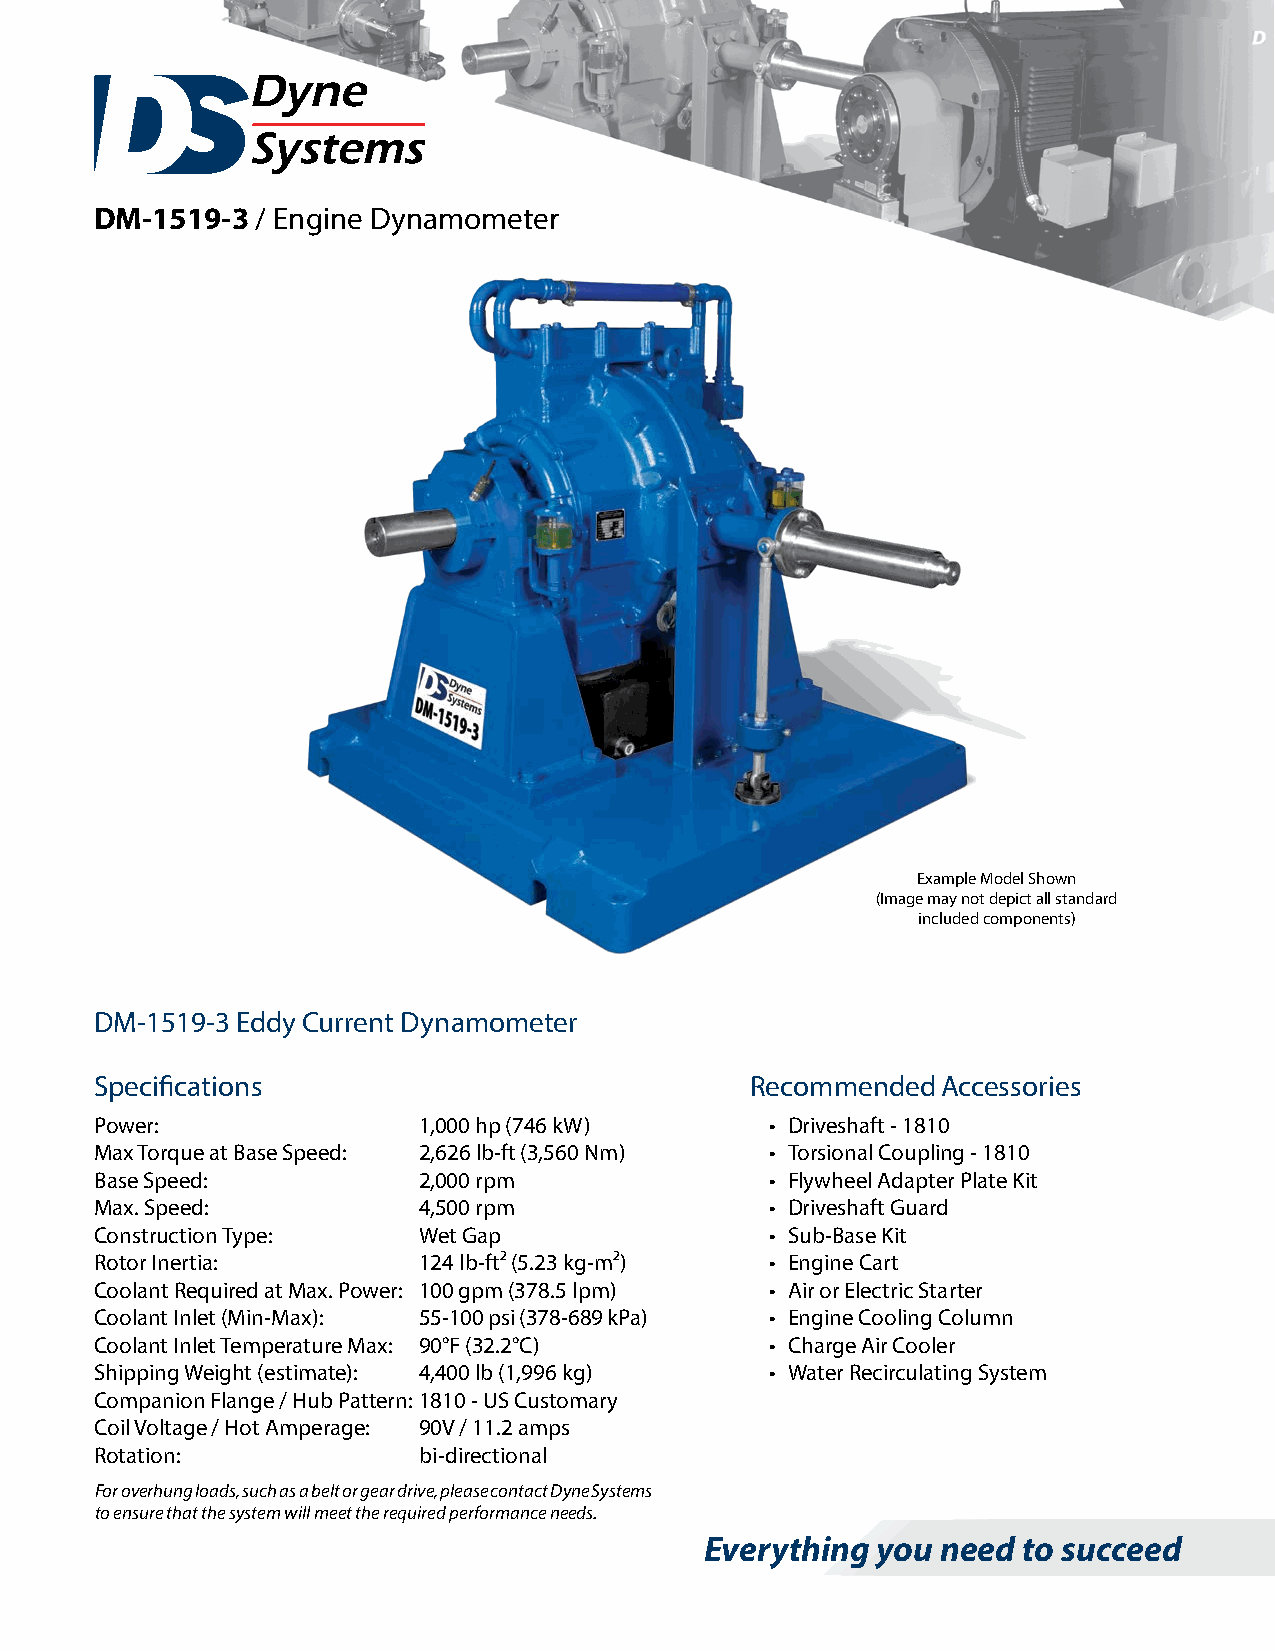
DM-1519-3  / Engine Dynamometer
 Example Model Shown
 (Image may not depict all standard
 included components)
 DM-1519-3 Eddy Current Dynamometer
 Specifications                              Recommended Accessories
 Power:                1,000 hp (746 kW)      • Driveshaft - 1810
 Max Torque at Base Speed: 2,626 lb-ft (3,560 Nm) • Torsional Coupling - 1810
 Base Speed:           2,000 rpm              • Flywheel Adapter Plate Kit
 Max. Speed:           4,500 rpm              • Driveshaft Guard
 Construction Type:    Wet Gap                • Sub-Base Kit
 Rotor Inertia:        124 lb-ft2 (5.23 kg-m2) • Engine Cart
 Coolant Required at Max. Power: 100 gpm (378.5 lpm) • Air or Electric Starter
 Coolant Inlet (Min-Max): 55-100 psi (378-689 kPa) • Engine Cooling Column
 Coolant Inlet Temperature Max: 90°F (32.2°C) • Charge Air Cooler
 Shipping Weight (estimate): 4,400 lb (1,996 kg) • Water Recirculating System
 Companion Flange / Hub Pattern: 1810 - US Customary
 Coil Voltage / Hot Amperage: 90V / 11.2 amps
 Rotation:             bi-directional
 For overhung loads, such as a belt or gear drive, please contact Dyne Systems
 to ensure that the system will meet the required performance needs.
 Everything you need  to succeed
 3602 West Wheelhouse Road, Milwaukee, Wisconsin U.S.A.
 www.taylordyno.com 414-755-0040